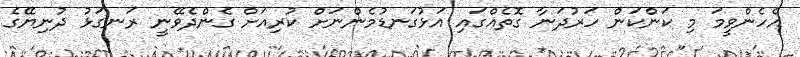
އެހެންވީމަ މި ކަންކަން ހަރުދަނާ ގޮތެއްގައި އަޅުގަނޑުމެންނަށް ކުރިއަށް ގެންދެވޭނީ ރަނގަޅު ދުނިޔޭގެ